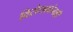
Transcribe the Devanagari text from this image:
विरोधकांनाही